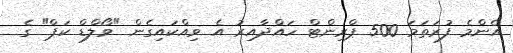
އެންމެ ފުރަތަމަ 500 ޕްރިންޓް ހައްދާއިރު އެ ވިއްކައިގެން "ވޯލްޑް ކަޕް" ގެ